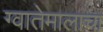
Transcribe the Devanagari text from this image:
ग्वातेमालाचा